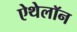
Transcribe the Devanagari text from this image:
ऐथेलॉन